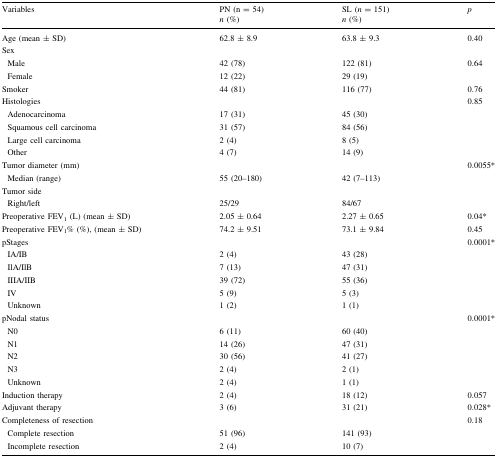
| <ROWSPAN=2> Variables | PN (n = 54) | SL (n = 151) | <ROWSPAN=2> p |
 | n (%) | n (%) |
 | --- | --- | --- | --- |
 | Age (mean ± SD) | 62.8 ± 8.9 | 63.8 ± 9.3 | 0.40 |
 | <COLSPAN=4> Sex |
 | Male | 42 (78) | 122 (81) | 0.64 |
 | Female | 12 (22) | 29 (19) |  |
 | Smoker | 44 (81) | 116 (77) | 0.76 |
 | <COLSPAN=2> Histologies |  | 0.85 |
 | Adenocarcinoma | 17 (31) | 45 (30) |  |
 | Squamous cell carcinoma | 31 (57) | 84 (56) |  |
 | Large cell carcinoma | 2 (4) | 8 (5) |  |
 | Other | 4 (7) | 14 (9) |  |
 | Tumor diameter (mm) |  |  | 0.0055* |
 | Median (range) | 55 (20–180) | 42 (7–113) |  |
 | <COLSPAN=4> Tumor side |
 | Right/left | 25/29 | 84/67 |  |
 | Preoperative FEV1 (L) (mean ± SD) | 2.05 ± 0.64 | 2.27 ± 0.65 | 0.04* |
 | Preoperative FEV1% (%), (mean ± SD) | 74.2 ± 9.51 | 73.1 ± 9.84 | 0.45 |
 | pStages |  |  | 0.0001* |
 | IA/IB | 2 (4) | 43 (28) |  |
 | IlA/IlB | 7 (13) | 47 (31) |  |
 | IIIA/IIB | 39 (72) | 55 (36) |  |
 | IV | 5 (9) | 5 (3) |  |
 | Unknown | 1 (2) | 1 (1) |  |
 | pNodal status |  |  | 0.0001* |
 | N0 | 6 (11) | 60 (40) |  |
 | N1 | 14 (26) | 47 (31) |  |
 | N2 | 30 (56) | 41 (27) |  |
 | N3 | 2 (4) | 2 (1) |  |
 | Unknown | 2 (4) | 1 (1) |  |
 | Induction therapy | 2 (4) | 18 (12) | 0.057 |
 | Adjuvant therapy | 3 (6) | 31 (21) | 0.028* |
 | Completeness of resection |  |  | 0.18 |
 | Complete resection | 51 (96) | 141 (93) |  |
 | Incomplete resection | 2 (4) | 10 (7) |  |